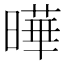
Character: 曄